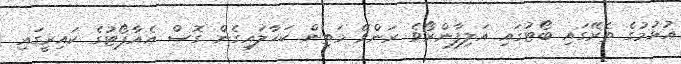
އުޅުމުގެ ތެރޭގައި ބޯޓުގައި އަލިފާންރޯވެ ރަންވޭ މަތިން ކަހާލައިގެން ގޮސް އެއާޕޯޓުގެ ކައިރީގައި